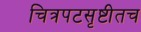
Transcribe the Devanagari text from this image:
चित्रपटसृष्टीतच